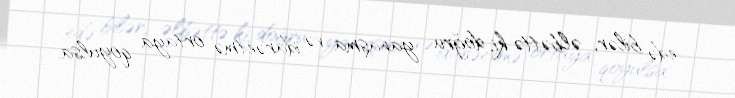
edə bilər, əlbəttə ki, doğru yanaşma və idarəetmə ortaya qoyulsa.